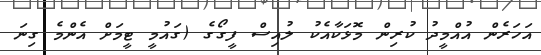
އަހަރެން އުއްމީދު ކުރިން މޮޅަކާއެކު ލުއިސް ފީގޯގެ (ގައުމީ ޓީމަށް އެންމެ ގިނަ